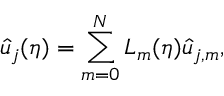
\hat { u } _ { j } ( \eta ) = \sum _ { m = 0 } ^ { N } L _ { m } ( \eta ) \hat { u } _ { j , m } ,